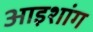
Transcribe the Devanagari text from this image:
आइशांग